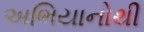
અભિયાનોથી